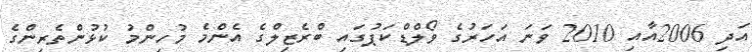
އަދި 2006އާއި 2010 ވަނަ އަހަރުގެ ވޯލްޑްކަޕުގައި ބްރެޒިލްގެ އެންމެ މުހިންމު ކުޅުންތެރިންގެ